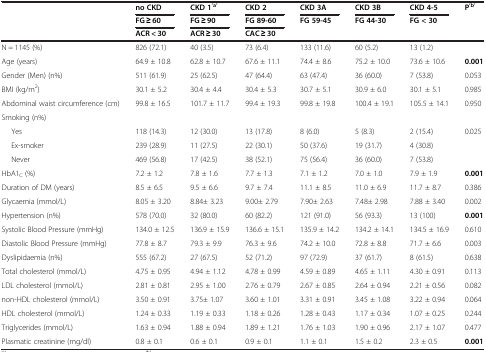
<table><thead><tr><td rowspan="3"><b> </b></td><td><b>no CKD</b></td><td><b>CKD 1<sup>‘a’</sup></b></td><td><b>CKD 2</b></td><td><b>CKD 3A</b></td><td><b>CKD 3B</b></td><td><b>CKD 4-5</b></td><td rowspan="3"><b>P<sup>‘b’</sup></b></td></tr><tr><td><b>FG ≥ 60</b></td><td><b>FG ≥ 90</b></td><td><b>FG 89-60</b></td><td rowspan="2"><b>FG 59-45</b></td><td rowspan="2"><b>FG 44-30</b></td><td rowspan="2"><b>FG &lt; 30</b></td></tr><tr><td><b>ACR &lt; 30</b></td><td><b>ACR ≥ 30</b></td><td><b>CAC ≥ 30</b></td></tr></thead><tbody><tr><td>N = 1145 (%)</td><td>826 (72.1)</td><td>40 (3.5)</td><td>73 (6.4)</td><td>133 (11.6)</td><td>60 (5.2)</td><td>13 (1.2)</td><td> </td></tr><tr><td>Age (years)</td><td>64.9 ± 10.8</td><td>62.8 ± 10.7</td><td>67.6 ± 11.1</td><td>74.4 ± 8.6</td><td>75.2 ± 10.0</td><td>73.6 ± 10.6</td><td><b>0.001</b></td></tr><tr><td>Gender (Men) (n%)</td><td>511 (61.9)</td><td>25 (62.5)</td><td>47 (64.4)</td><td>63 (47.4)</td><td>36 (60.0)</td><td>7 (53.8)</td><td>0.053</td></tr><tr><td>BMI (kg/m<sup>2</sup>)</td><td>30.1 ± 5.2</td><td>30.4 ± 4.4</td><td>30.4 ± 5.3</td><td>30.7 ± 5.1</td><td>30.9 ± 6.0</td><td>30.1 ± 5.1</td><td>0.985</td></tr><tr><td>Abdominal waist circumference (cm)</td><td>99.8 ± 16.5</td><td>101.7 ± 11.7</td><td>99.4 ± 19.3</td><td>99.8 ± 19.8</td><td>100.4 ± 19.1</td><td>105.5 ± 14.1</td><td>0.950</td></tr><tr><td>Smoking (n%)</td><td> </td><td> </td><td> </td><td> </td><td> </td><td> </td><td> </td></tr><tr><td>Yes</td><td>118 (14.3)</td><td>12 (30.0)</td><td>13 (17.8)</td><td>8 (6.0)</td><td>5 (8.3)</td><td>2 (15.4)</td><td>0.025</td></tr><tr><td>Ex-smoker</td><td>239 (28.9)</td><td>11 (27.5)</td><td>22 (30.1)</td><td>50 (37.6)</td><td>19 (31.7)</td><td>4 (30.8)</td><td> </td></tr><tr><td>Never</td><td>469 (56.8)</td><td>17 (42.5)</td><td>38 (52.1)</td><td>75 (56.4)</td><td>36 (60.0)</td><td>7 (53.8)</td><td> </td></tr><tr><td>HbA1<sub>C</sub> (%)</td><td>7.2 ± 1.2</td><td>7.8 ± 1.6</td><td>7.7 ± 1.3</td><td>7.1 ± 1.2</td><td>7.0 ± 1.0</td><td>7.9 ± 1.9</td><td><b>0.001</b></td></tr><tr><td>Duration of DM (years)</td><td>8.5 ± 6.5</td><td>9.5 ± 6.6</td><td>9.7 ± 7.4</td><td>11.1 ± 8.5</td><td>11.0 ± 6.9</td><td>11.7 ± 8.7</td><td>0.386</td></tr><tr><td>Glycaemia (mmol/L)</td><td>8.05 ± 3.20</td><td>8.84± 3.23</td><td>9.00± 2.79</td><td>7.90± 2.63</td><td>7.48± 2.98</td><td>7.88 ± 3.40</td><td>0.002</td></tr><tr><td>Hypertension (n%)</td><td>578 (70.0)</td><td>32 (80.0)</td><td>60 (82.2)</td><td>121 (91.0)</td><td>56 (93.3)</td><td>13 (100)</td><td><b>0.001</b></td></tr><tr><td>Systolic Blood Pressure (mmHg)</td><td>134.0 ± 12.5</td><td>136.9 ± 15.9</td><td>136.6 ± 15.1</td><td>135.9 ± 14.2</td><td>134.2 ± 14.1</td><td>134.5 ± 16.9</td><td>0.610</td></tr><tr><td>Diastolic Blood Pressure (mmHg)</td><td>77.8 ± 8.7</td><td>79.3 ± 9.9</td><td>76.3 ± 9.6</td><td>74.2 ± 10.0</td><td>72.8 ± 8.8</td><td>71.7 ± 6.6</td><td>0.003</td></tr><tr><td>Dyslipidaemia (n%)</td><td>555 (67.2)</td><td>27 (67.5)</td><td>52 (71.2)</td><td>97 (72.9)</td><td>37 (61.7)</td><td>8 (61.5)</td><td>0.638</td></tr><tr><td>Total cholesterol (mmol/L)</td><td>4.75 ± 0.95</td><td>4.94 ± 1.12</td><td>4.78 ± 0.99</td><td>4.59 ± 0.89</td><td>4.65 ± 1.11</td><td>4.30 ± 0.91</td><td>0.113</td></tr><tr><td>LDL cholesterol (mmol/L)</td><td>2.81 ± 0.81</td><td>2.95 ± 1.00</td><td>2.76 ± 0.79</td><td>2.67 ± 0.85</td><td>2.64 ± 0.94</td><td>2.21 ± 0.56</td><td>0.082</td></tr><tr><td>non-HDL cholesterol (mmol/L)</td><td>3.50 ± 0.91</td><td>3.75± 1.07</td><td>3.60 ± 1.01</td><td>3.31 ± 0.91</td><td>3.45 ± 1.08</td><td>3.22 ± 0.94</td><td>0.064</td></tr><tr><td>HDL cholesterol (mmol/L)</td><td>1.24 ± 0.33</td><td>1.19 ± 0.33</td><td>1.18 ± 0.26</td><td>1.28 ± 0.43</td><td>1.17 ± 0.34</td><td>1.07 ± 0.25</td><td>0.244</td></tr><tr><td>Triglycerides (mmol/L)</td><td>1.63 ± 0.94</td><td>1.88 ± 0.94</td><td>1.89 ± 1.21</td><td>1.76 ± 1.03</td><td>1.90 ± 0.96</td><td>2.17 ± 1.07</td><td>0.477</td></tr><tr><td>Plasmatic creatinine (mg/dl)</td><td>0.8 ± 0.1</td><td>0.6 ± 0.1</td><td>0.9 ± 0.1</td><td>1.1 ± 0.1</td><td>1.5 ± 0.2</td><td>2.3 ± 0.5</td><td><b>0.001</b></td></tr></tbody></table>